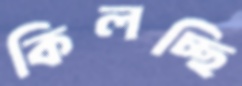
কিলচ্ছি